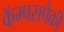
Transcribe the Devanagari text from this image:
कॅम्पसपैकी